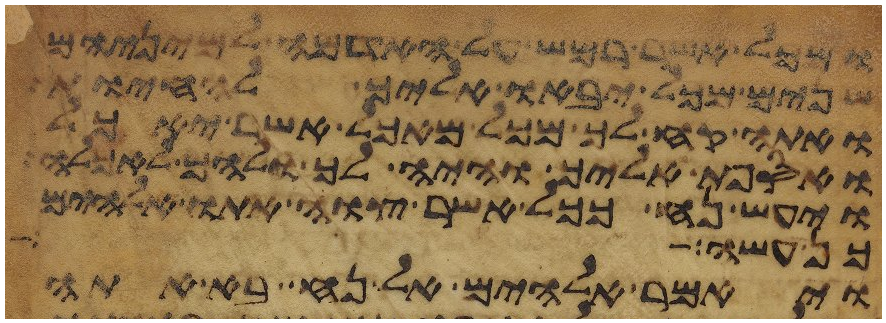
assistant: ומכל אשר רמש על האדמה למיניהם
שנים מכל יבאו אליך להחיות
ואתה קח לך מכל מאכל אשר יאכל
ואספת אליך והיה לך ולהם לאכלה
ויעש נח ככל אשר צוה אתו אלהים
כן עשה
ויאמר אלהים אל נח בא אתה